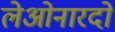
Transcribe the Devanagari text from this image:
लेओनारदो